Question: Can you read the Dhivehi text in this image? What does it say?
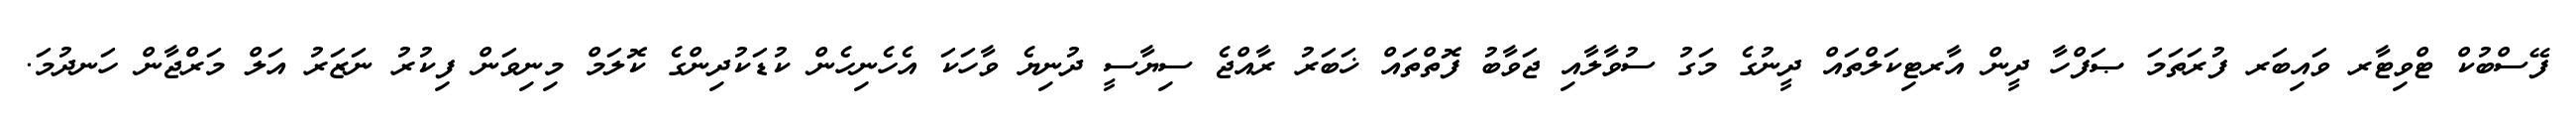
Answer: ފޭސްބުކް ޓްވިޓާރ ވައިބަރ ފުރަތަމަ ޞަފްހާ ދީން އާރޓިކަލްތައް ދީނުގެ މަގު ސުވާލާއި ޖަވާބު ފޮތްތައް ޚަބަރު ރާއްޖެ ސިޔާސީ ދުނިޔެ ވާހަކަ އެހެނިހެން ކުޑަކުދިންގެ ކޮލަމް މިނިވަން ފިކުރު ނަޒަރު އަލް މަރްޖާން ހަނދުމަ.